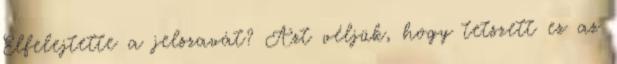
Elfelejtette a jelszavát? Azt véljük, hogy tetszett ez az